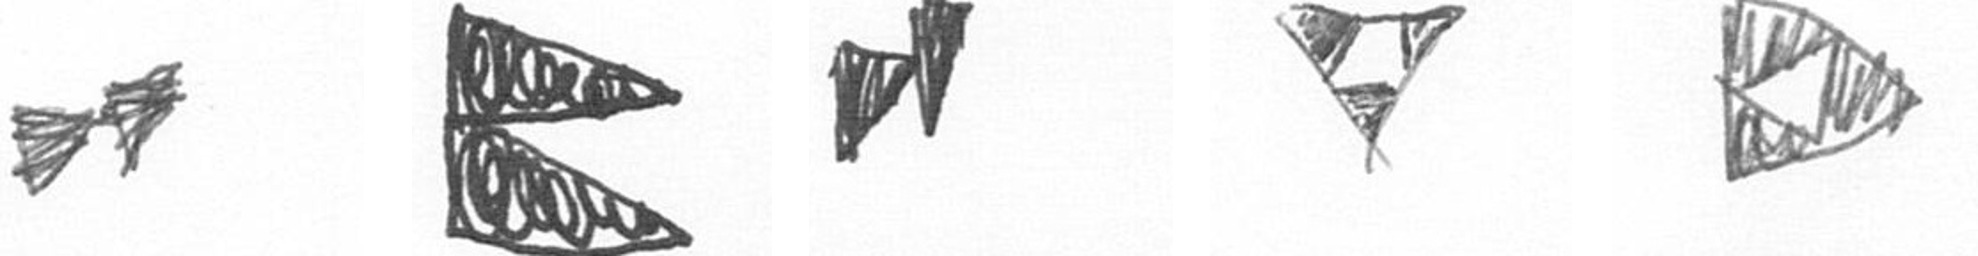
A P M S K